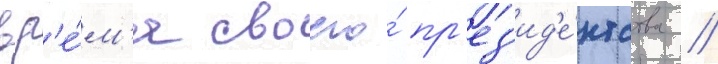
вр'е́м'я своего́ пр'ез'ид'е́нтства //